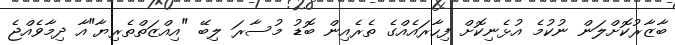
ބާޒާރުކޮށްލަން ނުކުމެ އުޅެނިކޮށް ފިހާރައެއްގެ ތެރެއިން ބޮޑު މުސާރަ ލިބޭ "އިއްޒަތްތެރިޔާ"އާ ދިމާވެއްޖެ